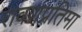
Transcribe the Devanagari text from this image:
रावणप्रतिमा